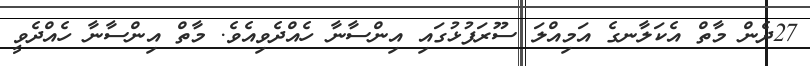
27ދެން މާތް އެކަލާނގެ އަމިއްލަ ސޫރަފުޅުގައި އިންސާނާ ހެއްދެވިއެވެ. މާތް އިންސާނާ ހެއްދެވީ